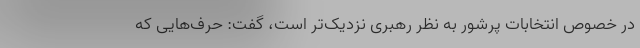
در خصوص انتخابات پرشور به نظر رهبری نزدیک‌تر است، گفت: حرف‌هایی که